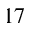
1 7